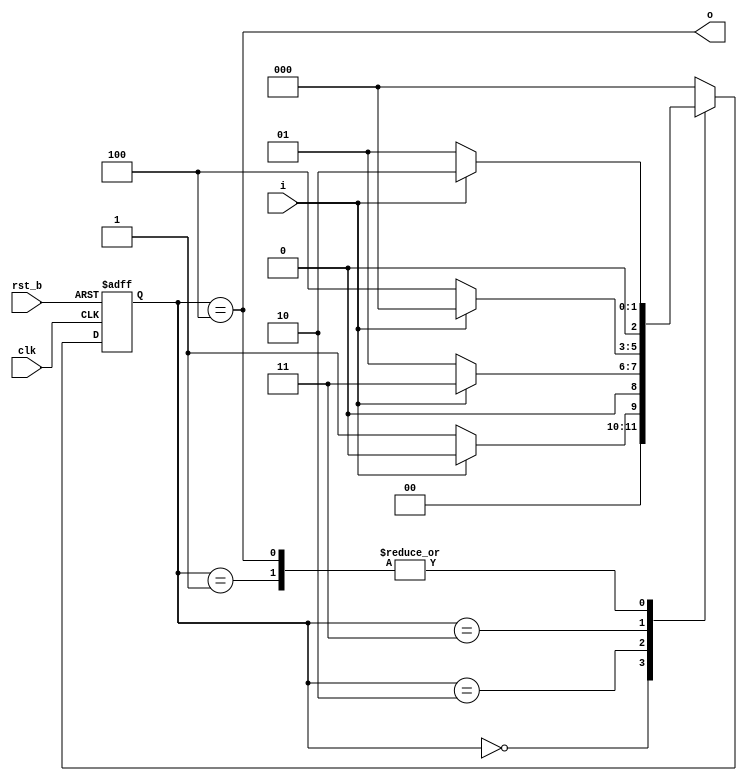
module pattern(
    input clk, rst_b, i,
    output reg o
);
    localparam S0 = 0;
    localparam S1 = 1;
    localparam S2 = 2;
    localparam S3 = 3;
    localparam S4 = 4;

    reg [2:0] st;
    reg [2:0] st_nxt;

    always @ (*)
        case(st)
            S0: if(i) st_nxt = S0;
                else  st_nxt = S1;
            S1: if(i) st_nxt = S2;
                else  st_nxt = S1;
            S2: if(i) st_nxt = S3;
                else  st_nxt = S1;
            S3: if(i) st_nxt = S0;
                else  st_nxt = S4;
            S4: if(i) st_nxt = S2;
                else  st_nxt = S1;
            default:  st_nxt = S0;
        endcase

    always @ (*) begin
        o = (st == S4);
    end

    always @ (posedge clk, negedge rst_b)
        if(! rst_b)     st <= S0;
        else            st <= st_nxt;
endmodule

module pattern_tb;
    reg clk, rst_b, i;
    wire o;

    pattern inst0 (
        .clk(clk), .rst_b(rst_b), .i(i), .o(o)
    );

    localparam CLK_CYCLES = 5;
    localparam CLK_PERIOD = 200;

    initial begin
        clk = 0;
        repeat(2*CLK_CYCLES)
            #(CLK_PERIOD/2) clk = 1 - clk;
    end

    localparam RST_PULSE = 10;

    initial begin
        rst_b = 0;
        #(RST_PULSE) rst_b = 1;
    end

    initial begin
        i = 0;
        #(2*CLK_PERIOD) i = 1;
        #(2*CLK_PERIOD) i = 0;
    end
endmodule